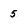
Character: 5